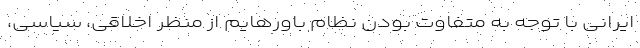
ایرانی با توجه به متفاوت بودن نظام باورهایم از منظر اخلاقی، سیاسی،